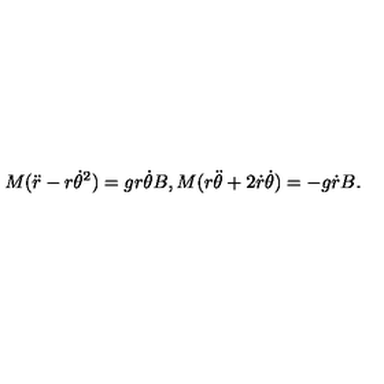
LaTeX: M ( \ddot { r } - r { \dot { \theta } } ^ { 2 } ) = g r \dot { \theta } B , M ( r \ddot { \theta } + 2 \dot { r } \dot { \theta } ) = - g \dot { r } B .